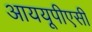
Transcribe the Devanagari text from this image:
आययूपीएसी